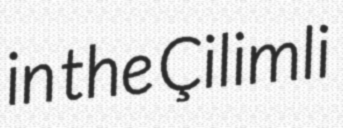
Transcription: in the Çilimli